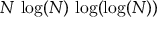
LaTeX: N \, \log ( N ) \, \log ( \log ( N ) )